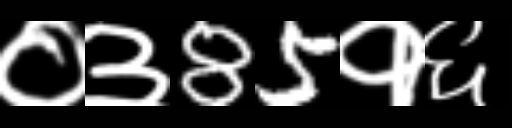
Text: ०३85१६